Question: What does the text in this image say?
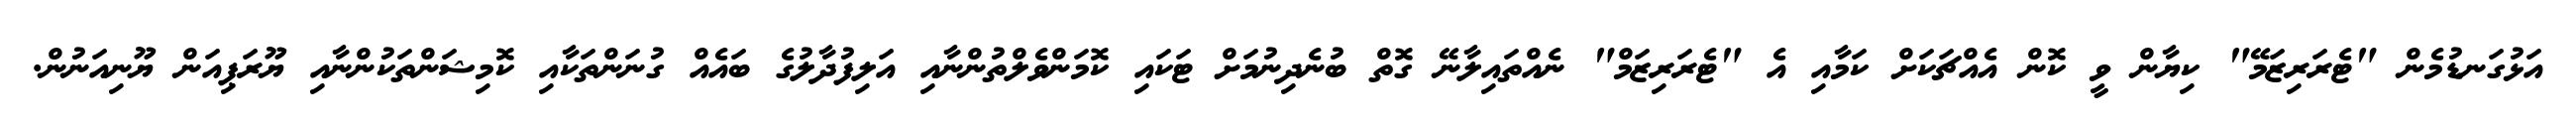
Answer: އަޅުގަނޑުމެން "ޓެރަރިޒަމޭ" ކިޔާން ވީ ކޮން އެއްޗަކަށް ކަމާއި އެ "ޓެރަރިޒަމް" ނެއްތައިލާނޭ ގޮތް ބުނެދިނުމަށް ޓަކައި ކޮމަންވެލްތުންނާއި އަލިފުދާލުގެ ބައެއް ގުނަންތަކާއި ކޮމިޝަންތަކުންނާއި ޔޫރަޕިއަން ޔޫނިއަނުން.